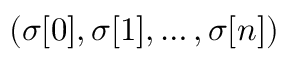
( \sigma [ 0 ] , \sigma [ 1 ] , \dots , \sigma [ n ] )